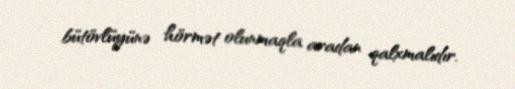
bütövlüyünə hörmət olunmaqla aradan qalxmalıdır.